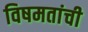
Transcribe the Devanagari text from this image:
विषमतांची